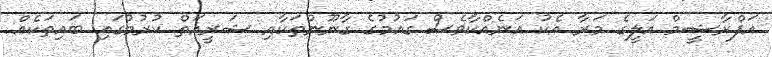
އަފްރާޝީމް އަލީގެ މަރާ އެކު އަނެއްކާވެސް ގައުމުގެ ގާނޫނުތަކާއި ޝަރީއަތް ކުރުމުގައި ބައިތަކެއް